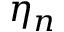
\eta _ { n }